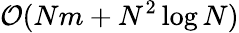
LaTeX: \mathcal{O}(Nm+N^{2}\log N)